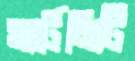
সার্টেনিটি